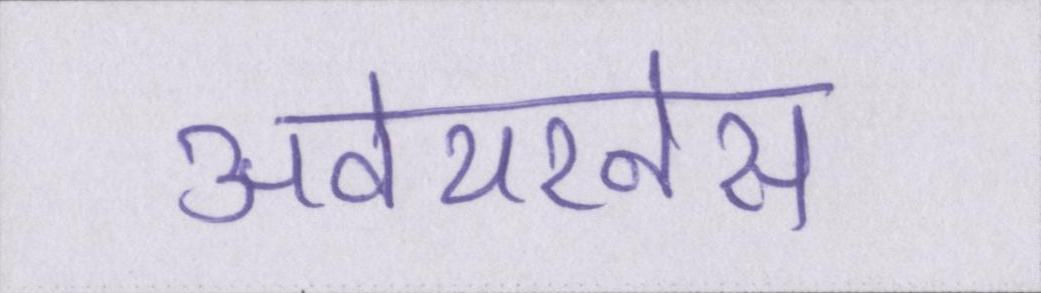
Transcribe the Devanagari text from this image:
अवेयरनेस